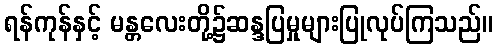
ရန်ကုန်နှင့် မန္တလေးတို့၌ဆန္ဒပြမှုများပြုလုပ်ကြသည်။